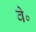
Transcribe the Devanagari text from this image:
वे॰